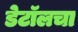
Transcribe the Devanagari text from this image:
डेटॉलचा